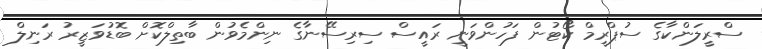
ސްރީލަންކާގެ ސުޕްރީމް ކޯޓުން ފަހުންވަނީ ރައީސް ސިރިސޭނާގެ ނިންމެވުން ބާތިލްކޮށް ބޮޑުވަޒީރު ރަނިލް